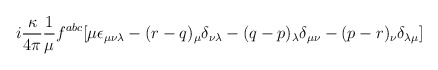
\begin{align*}i\frac{\kappa}{4\pi} \frac{1}{\mu} f^{abc} [\mu \epsilon_{\mu \nu \lambda} - (r -q)_\mu \delta_{\nu \lambda} - (q-p)_\lambda \delta_{\mu \nu} - (p-r)_\nu \delta_{\lambda \mu}]\end{align*}